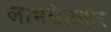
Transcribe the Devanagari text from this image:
लाभसेटवार